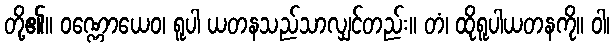
တို့၏။ ဝဏ္ဏောယေဝ၊ ရူပါ ယတနသည်သာလျှင်တည်း။ တံ၊ ထိုရူပါယတနကို။ ဝါ၊